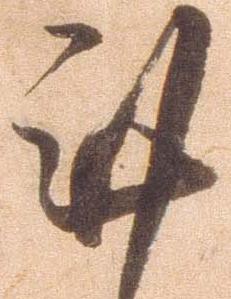
謹